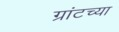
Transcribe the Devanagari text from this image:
ग्रांटच्या